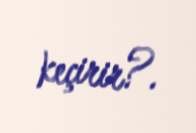
keçirir?.